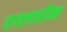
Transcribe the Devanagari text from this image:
रायलासीमा